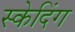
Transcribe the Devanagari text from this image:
स्केदिंग